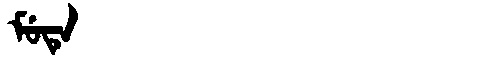
Manchu: ᠮᡠᡨᡝ
Romanization: MUTE